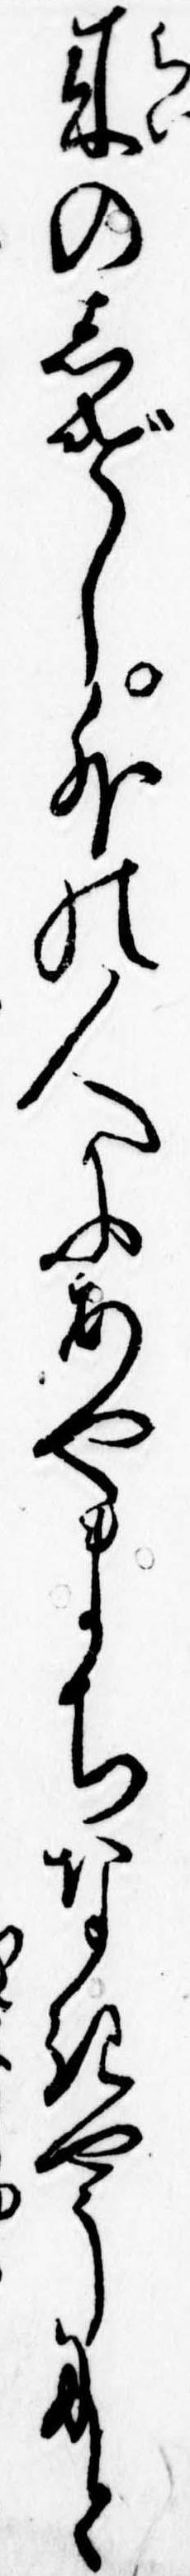
来のしげし外の人にあやまちなきやうにと